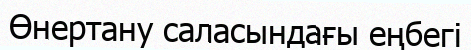
Өнертану саласындағы еңбегі